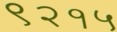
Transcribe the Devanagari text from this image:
९२१५